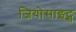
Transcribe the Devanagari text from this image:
जियोसाइट्स